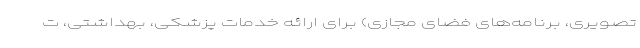
تصویری، برنامه‌های فضای مجازی) برای ارائه خدمات پزشکی، بهداشتی، ت